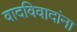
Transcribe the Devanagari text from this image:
वादविवादांना